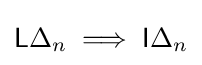
{\mathsf {L}}\Delta _{n}\implies {\mathsf {I}}\Delta _{n}